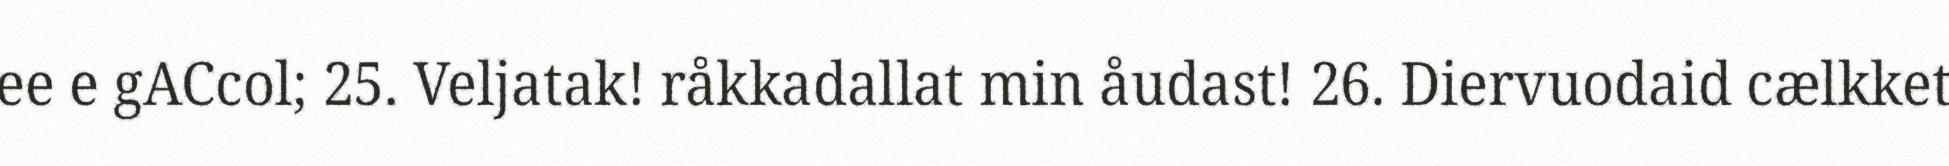
ee e gACcol; 25. Veljatak! råkkadallat min åudast! 26. Diervuodaid cælkket